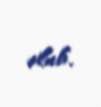
olub.